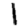
Digit: 1